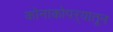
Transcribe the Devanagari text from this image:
कोनाकोपऱ्यातून